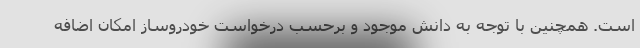
است. همچنین با توجه به دانش موجود و برحسب درخواست خودروساز امکان اضافه